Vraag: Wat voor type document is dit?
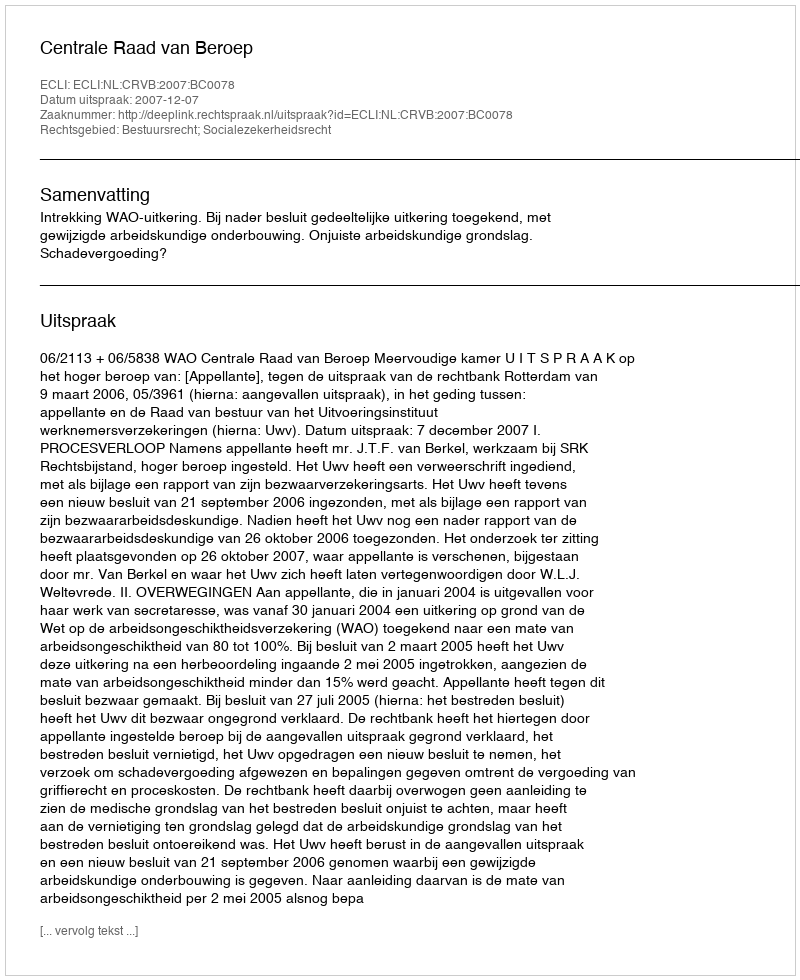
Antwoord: Uitspraak